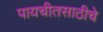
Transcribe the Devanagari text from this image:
पायचीतसाठीचे